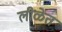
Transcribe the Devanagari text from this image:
लीळेत